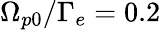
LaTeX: \Omega_{p0}/\Gamma_{e}=0.2